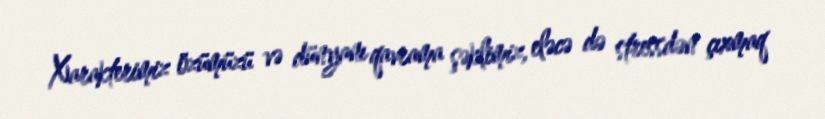
Xarakterimiz özümüzü və dünyanı qavrama şəklimiz, eləcə də stressdən çıxmaq